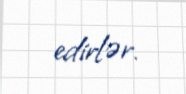
edirlər.